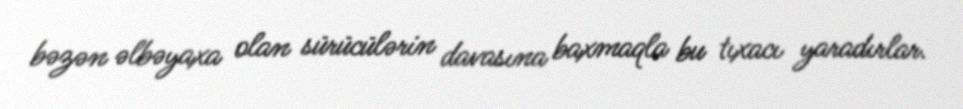
bəzən əlbəyaxa olan sürücülərin davasına baxmaqla bu tıxacı yaradırlar.